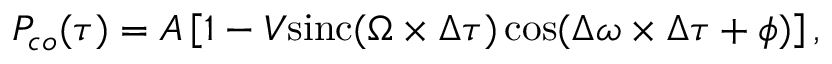
P _ { c o } ( \tau ) = A \left[ 1 - V \mathrm { s i n c } ( \Omega \times \Delta \tau ) \cos ( \Delta \omega \times \Delta \tau + \phi ) \right] ,